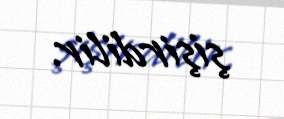
şişirdilir.